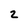
Character: 2